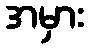
အမှား